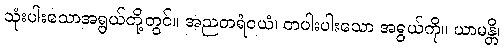
သုံးပါးသောအရွယ်တို့တွင်။ အညတရံဝယံ၊ တပါးပါးသော အရွယ်ကို။ ယာမန္တိ၊